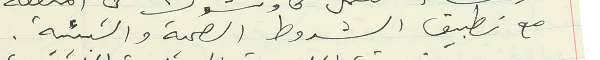
مع تطبيق الشروط الصحية والبيئية.